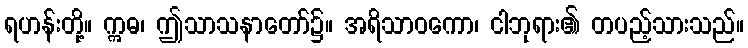
ရဟန်းတို့။ ဣဓ၊ ဤသာသနာတော်၌။ အရိသာဝကော၊ ငါဘုရား၏ တပည့်သားသည်။